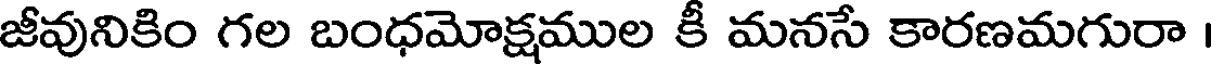
జీవునికిం గల బంధమోక్షముల కీ మనసే కారణమగురా